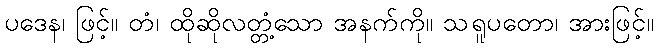
ပဒေန၊ ဖြင့်။ တံ၊ ထိုဆိုလတ္တံ့သော အနက်ကို။ သရူပတော၊ အားဖြင့်။